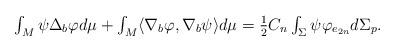
LaTeX: \begin{align*}\begin{array}{c}\int_{M}\psi \Delta _{b}\varphi d\mu +\int_{M}\langle \nabla _{b}\varphi,\nabla _{b}\psi \rangle d\mu =\frac{1}{2}C_{n}\int_{\Sigma }\psi \varphi_{e_{2n}}d\Sigma _{p}.\end{array}\end{align*}